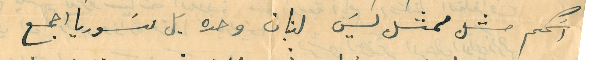
اسَمكم مثل ممثل ليسَ لبنان وحده بل سَوريا اجمع